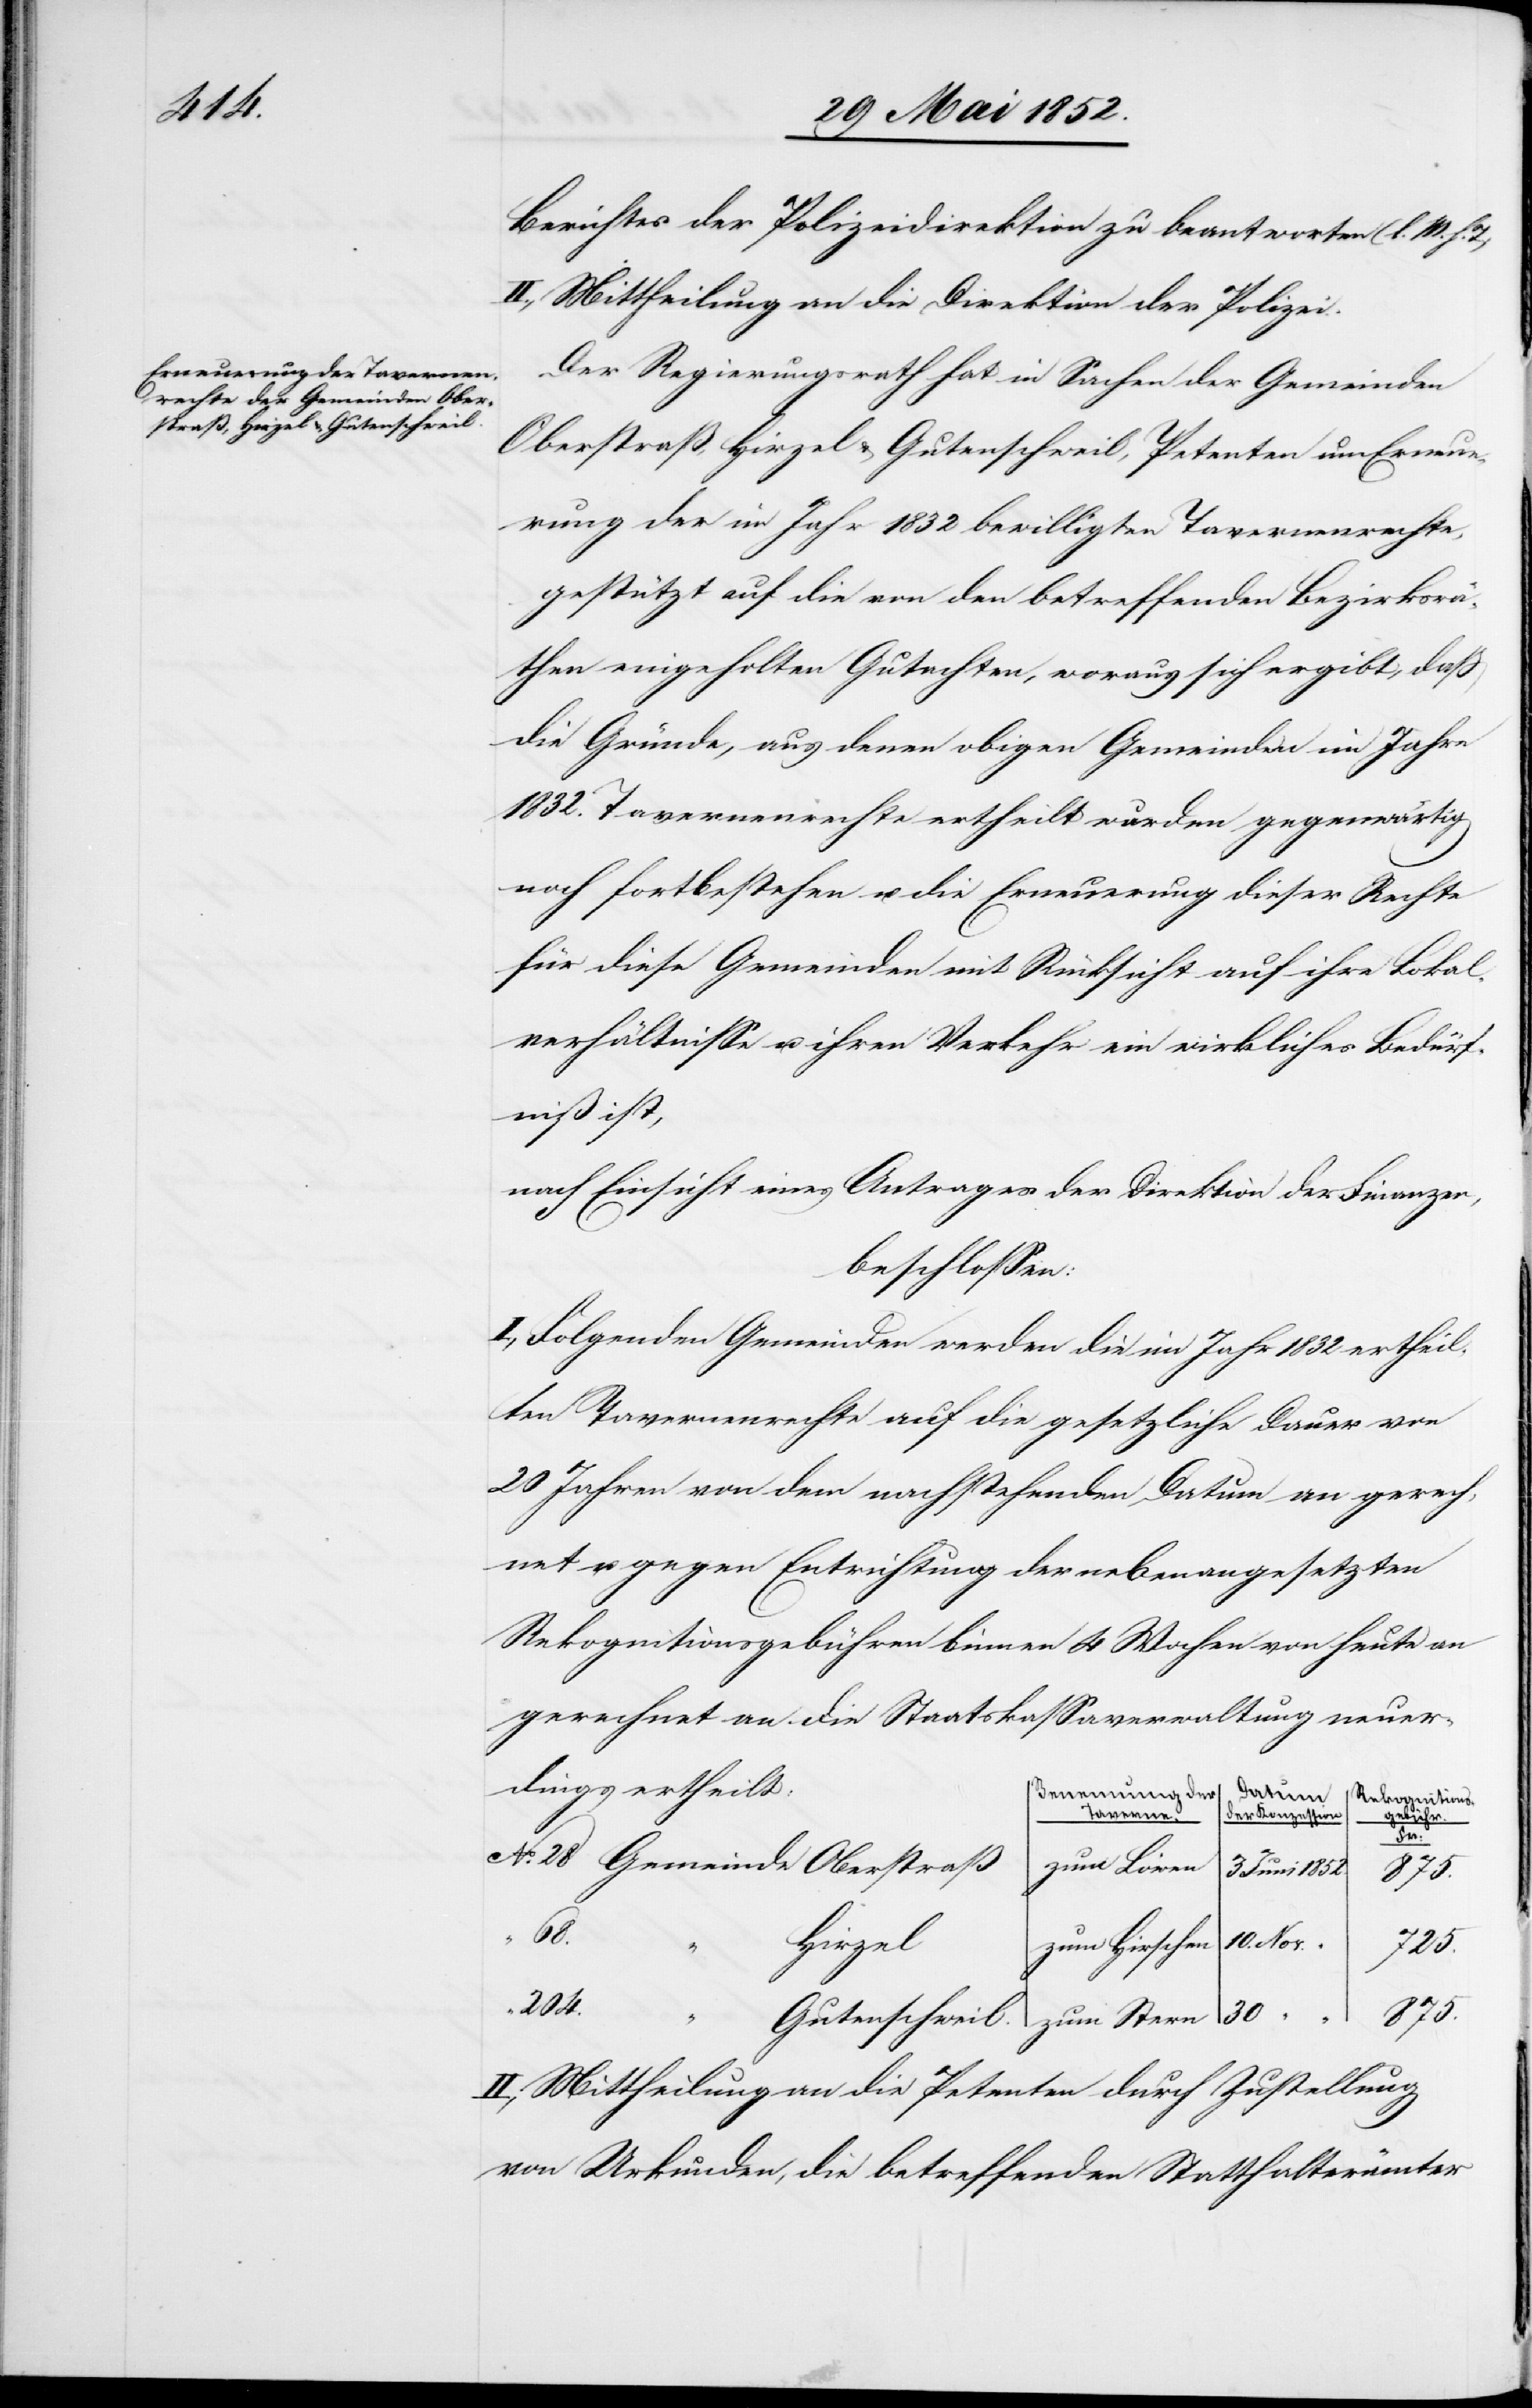
Berichtes der Polizeidirektion zu beantworten (l. M. h.
II., Mittheilung an die Direktion der Polizei.
Der Regierungsrath hat in Sachen der Gemeinden
Oberstraß, Hirzel & Gutenschweil, Petenten um Erneue¬
rung der im Jahr 1832 bewilligten Tavernenrechte,
gestützt auf die von den betreffenden Bezirksrä¬
then eingeholten Gutachten, woraus sich ergibt, dass
die Gründe, aus denen obigen Gemeinden im Jahre
1832. Tavernenrechte ertheilt wurden gegenwärtig
noch fortbestehen u. die Erneuerung dieser Rechte
für diese Gemeinden mit Rücksicht auf ihre Lokal¬
verhältnisse u. ihren Verkehr ein wirkliches Bedürf¬
niß ist,
nach Einsicht eines Antrages der Direktion der Finanzen,
beschlossen:
I., Folgenden Gemeinden werden die im Jahr 1832 ertheil¬
ten Tavernenrechte auf die gesetzliche Dauer von
20 Jahren von dem nachstehenden Datum an gerech¬
net u. gegen Entrichtung der nebenangesetzten
Rekognitionsgebühren binnen 4 Wochen von heute an
gerechnet an die Staatskassaverwaltung neuer¬
dings ertheilt:
Benennung der
Taverne.
der Konzession
Fr:
Gemeinde Oberstraß
zum Löwen
3 Juni 1852.
875.
l.
Hirzel
zum Stern
30
204.
II., Mittheilung an die Petenten durch Zustellung
von Urkunden, die betreffenden Statthalterämter